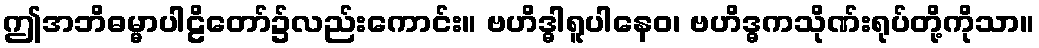
ဤအဘိဓမ္မာပါဠိတော်၌လည်းကောင်း။ ဗဟိဒ္ဓါရူပါနေဝ၊ ဗဟိဒ္ဓကသိုဏ်းရုပ်တို့ကိုသာ။